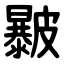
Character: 㿺